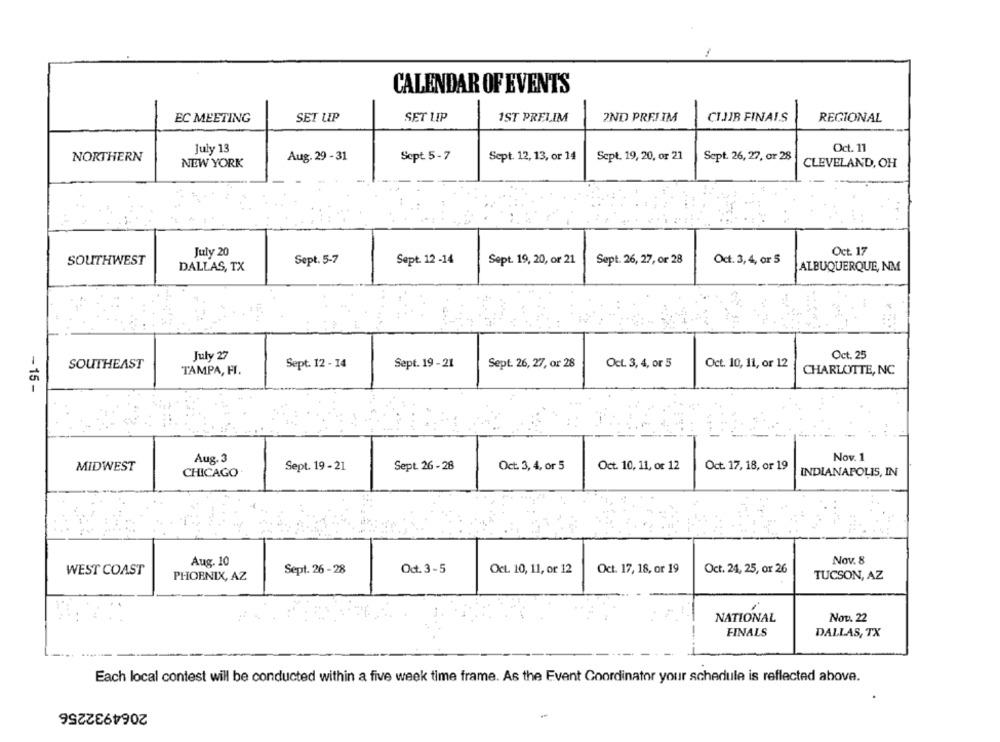
CALENDAR OF EVENTS
EC MEETING
SET UP
SET LIP
1ST PRELIM
2ND PREJIM
CIJIR FINAIS
REGIONAL
July 13
Oct. 11
Sept. 12, 13, or 14
Sept. 19, 20, or 21
NORTHERN
NEW YORK
Aug. 29- 31
Sept 5- 7
Sept. 26, 27, or 28
CLEVELAND, OH
July 20
Oct. 17
Sept. 5-7
Sept. 12 -14
Sept. 19, 20, or 21
Sept. 26, 27, or 28
Oct. 3, 4, or 5
SOUTHWEST
DALLAS, TX
ALBUQUERQUE, NM
July 27
Oct. 25
Sept. 19 - 21
Sept. 26, 27, or 28
Oct. 3, 4, or 5
Oct. 10, 11, or 12
SOUTHEAST
TAMPA, FI.
Sept. 12 - 14
CHARLOTTE, NC
-15-
Aug. 3
Nov. 1
MIDWEST
Sept. 19 - 21
Sept 26 - 28
Oct. 3, 4, or 5
Oct. 10, 11, or 12
Oct. 17, 18, or 19
CHICAGO
INDIANAPOLIS, IN
Aug. 10
Nov. 8
WEST COAST
Sept. 26 -28
Oct. 3-5
Oct. 10, 11, or 12
Oct. 17, 18, or 19
Oct. 24, 25, or 26
PHOENIX, AZ
TUCSON, AZ
NATIONAL
Nov. 22
FINALS
DALLAS, TX
Each local contest will be conducted within a five week time frame. As the Event Coordinator your schedule is reflected above.
2064932256